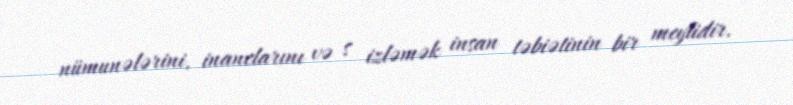
nümunələrini, inanclarını və s izləmək insan təbiətinin bir meylidir.